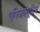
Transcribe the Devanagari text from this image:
एक्‍जिक्‍यूटिव